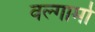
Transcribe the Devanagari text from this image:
वल्गार्मा